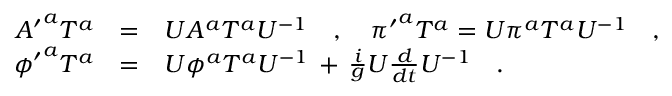
\begin{array} { r c l } { { { A ^ { \prime } } ^ { a } T ^ { a } } } & { { = } } & { { U A ^ { a } T ^ { a } U ^ { - 1 } \ \ \ , \ \ \ { \pi ^ { \prime } } ^ { a } T ^ { a } = U \pi ^ { a } T ^ { a } U ^ { - 1 } \ \ \ , } } \\ { { { \phi ^ { \prime } } ^ { a } T ^ { a } } } & { { = } } & { { U \phi ^ { a } T ^ { a } U ^ { - 1 } \, + \, \frac { i } { g } U \frac { d } { d t } U ^ { - 1 } \ \ \ . } } \end{array}